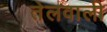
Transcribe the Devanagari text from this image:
तेलवाली